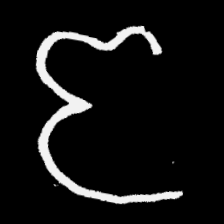
Pyu character \u2014 Myanmar letter: ဇ (romanized: ja)